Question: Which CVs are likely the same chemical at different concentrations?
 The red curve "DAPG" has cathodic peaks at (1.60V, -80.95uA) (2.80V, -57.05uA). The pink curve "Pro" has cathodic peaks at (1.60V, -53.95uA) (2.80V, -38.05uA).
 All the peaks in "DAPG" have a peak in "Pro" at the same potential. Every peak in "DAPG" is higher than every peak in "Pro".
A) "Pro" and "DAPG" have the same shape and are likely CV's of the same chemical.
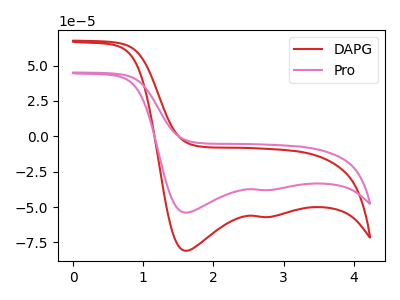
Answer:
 <answer>A) "Pro" and "DAPG" have the same shape and are likely CV's of the same chemical.</answer>
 <eval>A</eval>